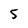
Character: 5